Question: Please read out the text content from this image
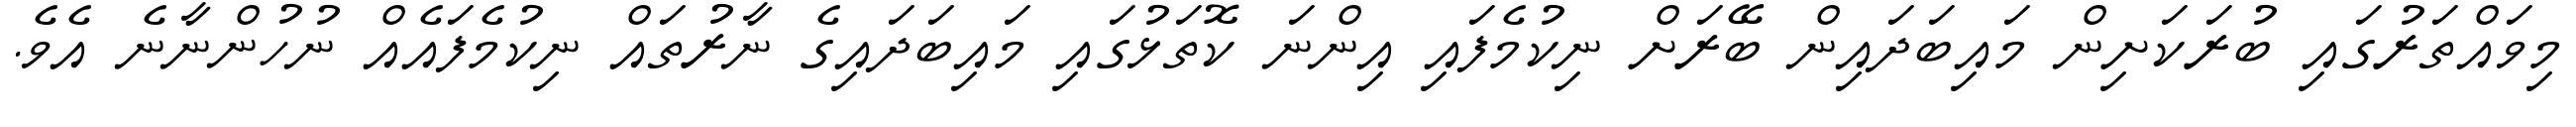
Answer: މިވައްތަރުގައި ބުރަކަށިން މައިބަދައިން ބޭރަށް ނިކުމެފައި އިންނަ ކޮތަޅުގައި މައިބަދައިގެ ނާރުތައް ނިކުމެފައެއް ނުހުންނާނެ އެވެ.